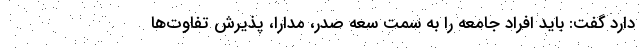
دارد گفت: باید افراد جامعه را به سمت سعه صدر، مدارا، پذیرش تفاوت‌ها